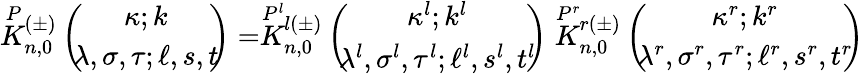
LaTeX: \stackrel{P}{K}{}\! \! _{n,0}^{(\pm)}\left(\begin{array}{c}{{\! \! \kappa;k\! \! }}\\ {{\! \! \lambda,\sigma,\tau;\ell,s,t\! \! }}\end{array}\right)=\stackrel{P^{l}}{K}{}\! \! _{n,0}^{l(\pm)}\left(\begin{array}{c}{{\! \! \kappa^{l};k^{l}\! \! }}\\ {{\! \! \lambda^{l},\sigma^{l},\tau^{l};\ell^{l},s^{l},t^{l}\! \! }}\end{array}\right)\stackrel{P^{r}}{K}{}\! \! _{n,0}^{r(\pm)}\left(\begin{array}{c}{{\! \! \kappa^{r};k^{r}\! \! }}\\ {{\! \! \lambda^{r},\sigma^{r},\tau^{r};\ell^{r},s^{r},t^{r}\! \! }}\end{array}\right)